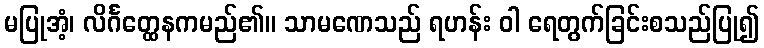
မပြုအံ့၊ လိင်္ဂတ္ထေနကမည်၏။ သာမဏေသည် ရဟန်း ဝါ ရေတွက်ခြင်းစသည်ပြု၍